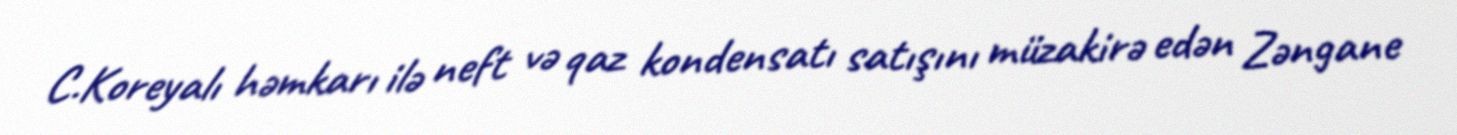
C.Koreyalı həmkarı ilə neft və qaz kondensatı satışını müzakirə edən Zəngane